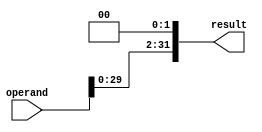
module shiftl2(operand, result);
	input [31:0] operand;
	output [31:0] result;
	
	assign result[31:2] = operand[29:0];
	assign result[1:0] = 2'b00;
	
endmodule